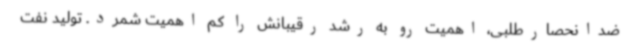
ضدانحصارطلبی، اهمیت رو به رشد رقیبانش را کم اهمیت شمرد. تولید نفت